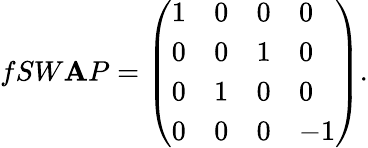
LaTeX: fSW\mathbf{A}P=\left(\begin{array}{llll}{1}&{0}&{0}&{0}\\ {0}&{0}&{1}&{0}\\ {0}&{1}&{0}&{0}\\ {0}&{0}&{0}&{-1}\end{array}\right).